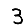
Digit: 3